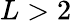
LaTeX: L>2